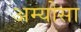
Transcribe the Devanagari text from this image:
अम्योसा